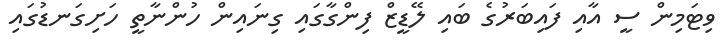
ވިޓަމިން ސީ އާއި ފައިބަރުގެ ބައި ލޭޑީޒް ފިންގާގައި ގިނައިން ހުންނާތީ ހަށިގަނޑުގައި